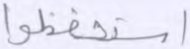
استحفظوا